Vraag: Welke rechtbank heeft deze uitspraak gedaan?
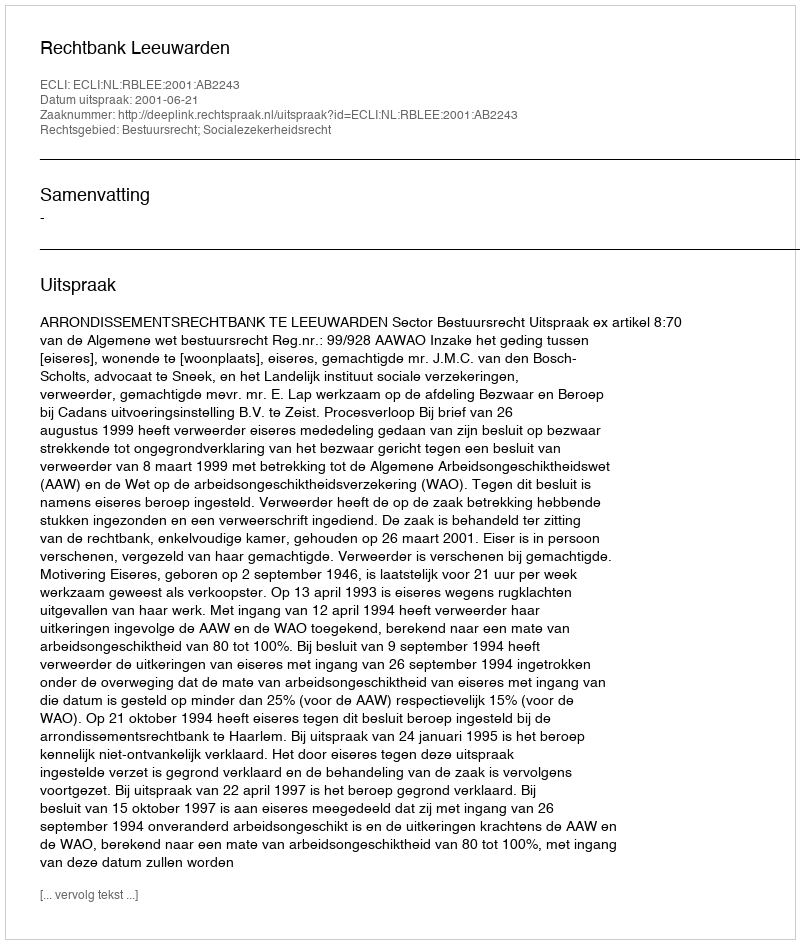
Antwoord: Rechtbank Leeuwarden